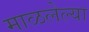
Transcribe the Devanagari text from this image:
माळलेल्या